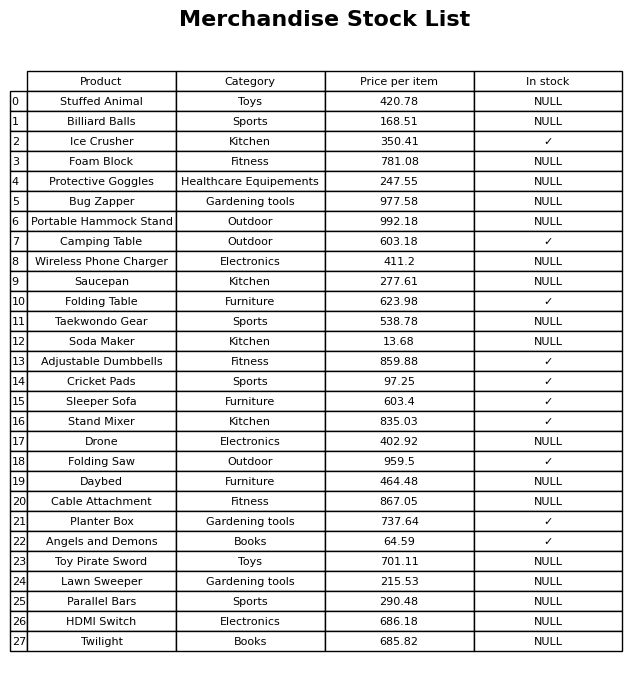
question: What is the price of the Stand Mixer?
answer: The price of Stand Mixer is 835.03.